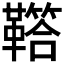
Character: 𩍈